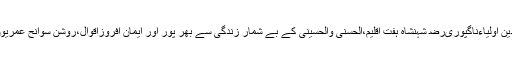
TajBaba.com ویب سائٹ میں اس صدی کے عظیم الشان صوفی بزرگوں اور حضرت سید محمد بابا تاج الدین اولیاءناگپوریﺭﺿ شہنشاہ ہفت اقلیم،الحسنی والحسینی کے بے شمار زندگی سے بھر پور اور ایمان افروزاقوال،روشن سوانح عمریوں،کرامات،کرم وعطا کے واقعات اور روح پرور مجاہدات کا تذکرہ ہے۔